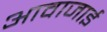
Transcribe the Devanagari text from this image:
आवाजाई